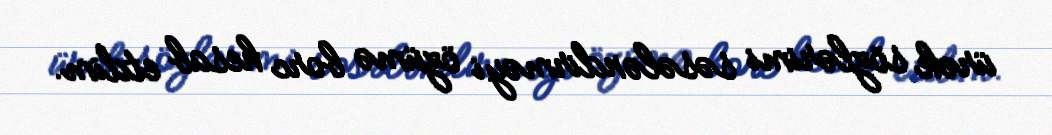
ürək sözlərimi səsələndirməyi özümə borc hesab etdim.